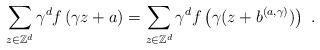
LaTeX: \begin{align*}\sum_{z\in \mathbb{Z}^{d}}\gamma ^{d}f\left( \gamma z+a\right) =\sum_{z\in \mathbb{Z}^{d}}\gamma ^{d}f\left( \gamma (z+b^{(a,\gamma )})\right) \ .\end{align*}